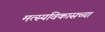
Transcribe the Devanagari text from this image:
मत्स्यविकासच्या